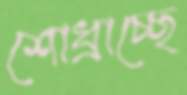
শোধ্‌রাচ্ছে